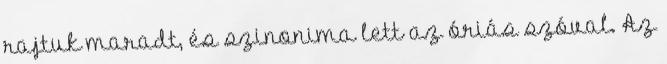
rajtuk maradt, és szinonima lett az óriás szóval. Az